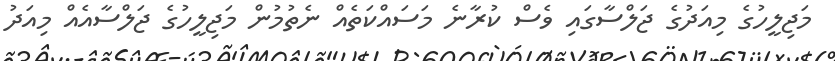
މަޖިލީހުގެ މިއަދުގެ ޖަލްސާގައި ވެސް ކުރާނެ މަސައްކަތެއް ނެތުމުން މަޖިލީހުގެ ޖަލްސާއެއް މިއަދު